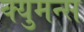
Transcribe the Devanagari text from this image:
क्युमन्स